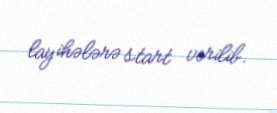
layihələrə start verilib.